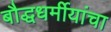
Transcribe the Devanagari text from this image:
बौद्धधर्मीयांचा